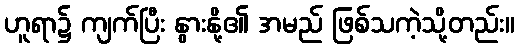
ဟူရာ၌ ကျက်ပြီး နွားနို့၏ အမည် ဖြစ်သကဲ့သို့တည်း။